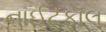
નાઈટફૉલ